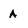
Character: A